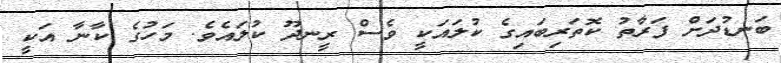
ބަނޑުދަށް ފަރާތު ކޮތަރިބައިގެ ކުލައަކީ ވެސް ރީނދޫ ކުލައެވެ. މަހުގެ ކާނާ އަކީ